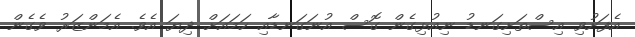
އެފަށުވި އިސްތަށިގަނޑު ނިއުޅިގެން ގޮސް އުނަގަނޑާއި ހަމައަށް ދިޔަ އެވެ. އެމަންޒަރު ވެެގެން